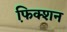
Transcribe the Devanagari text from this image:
फि़क्शन